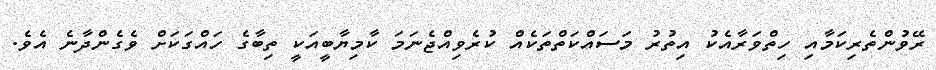
ރޭވުންތެރިކަމާއި ހިތްވަރާއެކު އިތުރު މަސައްކަތްތަކެއް ކުރެވިއްޖެނަމަ ކާމިޔާބީއަކީ ތިބާގެ ހައްގަކަށް ވެގެންދާނެ އެވެ.